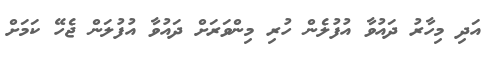
އަދި މިހާރު ދައުވާ އުފުލެން ހުރި މިންވަރަށް ދައުވާ އުފުލަން ޖެހޭ ކަމަށް